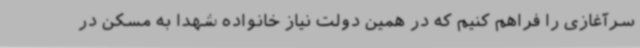
سرآغازی را فراهم کنیم که در همین دولت نیاز خانواده شهدا به مسکن در